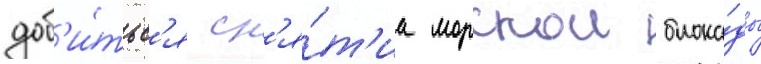
доб'и́тьс'я сн'я́т'иа морскои блока́ды